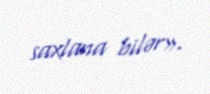
saxlana bilər».